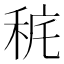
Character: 䅊